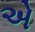
એ